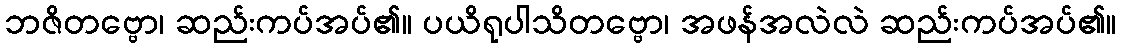
ဘဇိတဗ္ဗော၊ ဆည်းကပ်အပ်၏။ ပယိရုပါသိတဗ္ဗော၊ အဖန်အလဲလဲ ဆည်းကပ်အပ်၏။